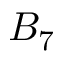
B _ { 7 }